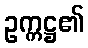
ဥက္ကဋ္ဌ၏